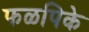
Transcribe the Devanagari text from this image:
फळपिके